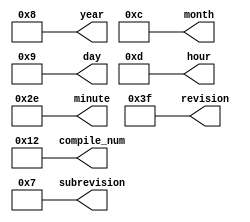
module timestamp (compile_num, revision, subrevision, year, month, day, hour, minute);
  output [6:0] revision;
  output [3:0] subrevision;
  output [6:0] year;
  output [3:0] month;
  output [4:0] day;
  output [4:0] hour;
  output [5:0] minute;
  output [7:0] compile_num;
 
  //time_baseten = 08 12 09 13 46
 
  assign compile_num = 8'd786;
  assign revision = 7'd63;
  assign subrevision = 4'd7;
  assign year = 7'd08;
  assign month = 4'd12;
  assign day = 5'd09;
  assign hour = 5'd13;
  assign minute = 6'd46;
    
endmodule